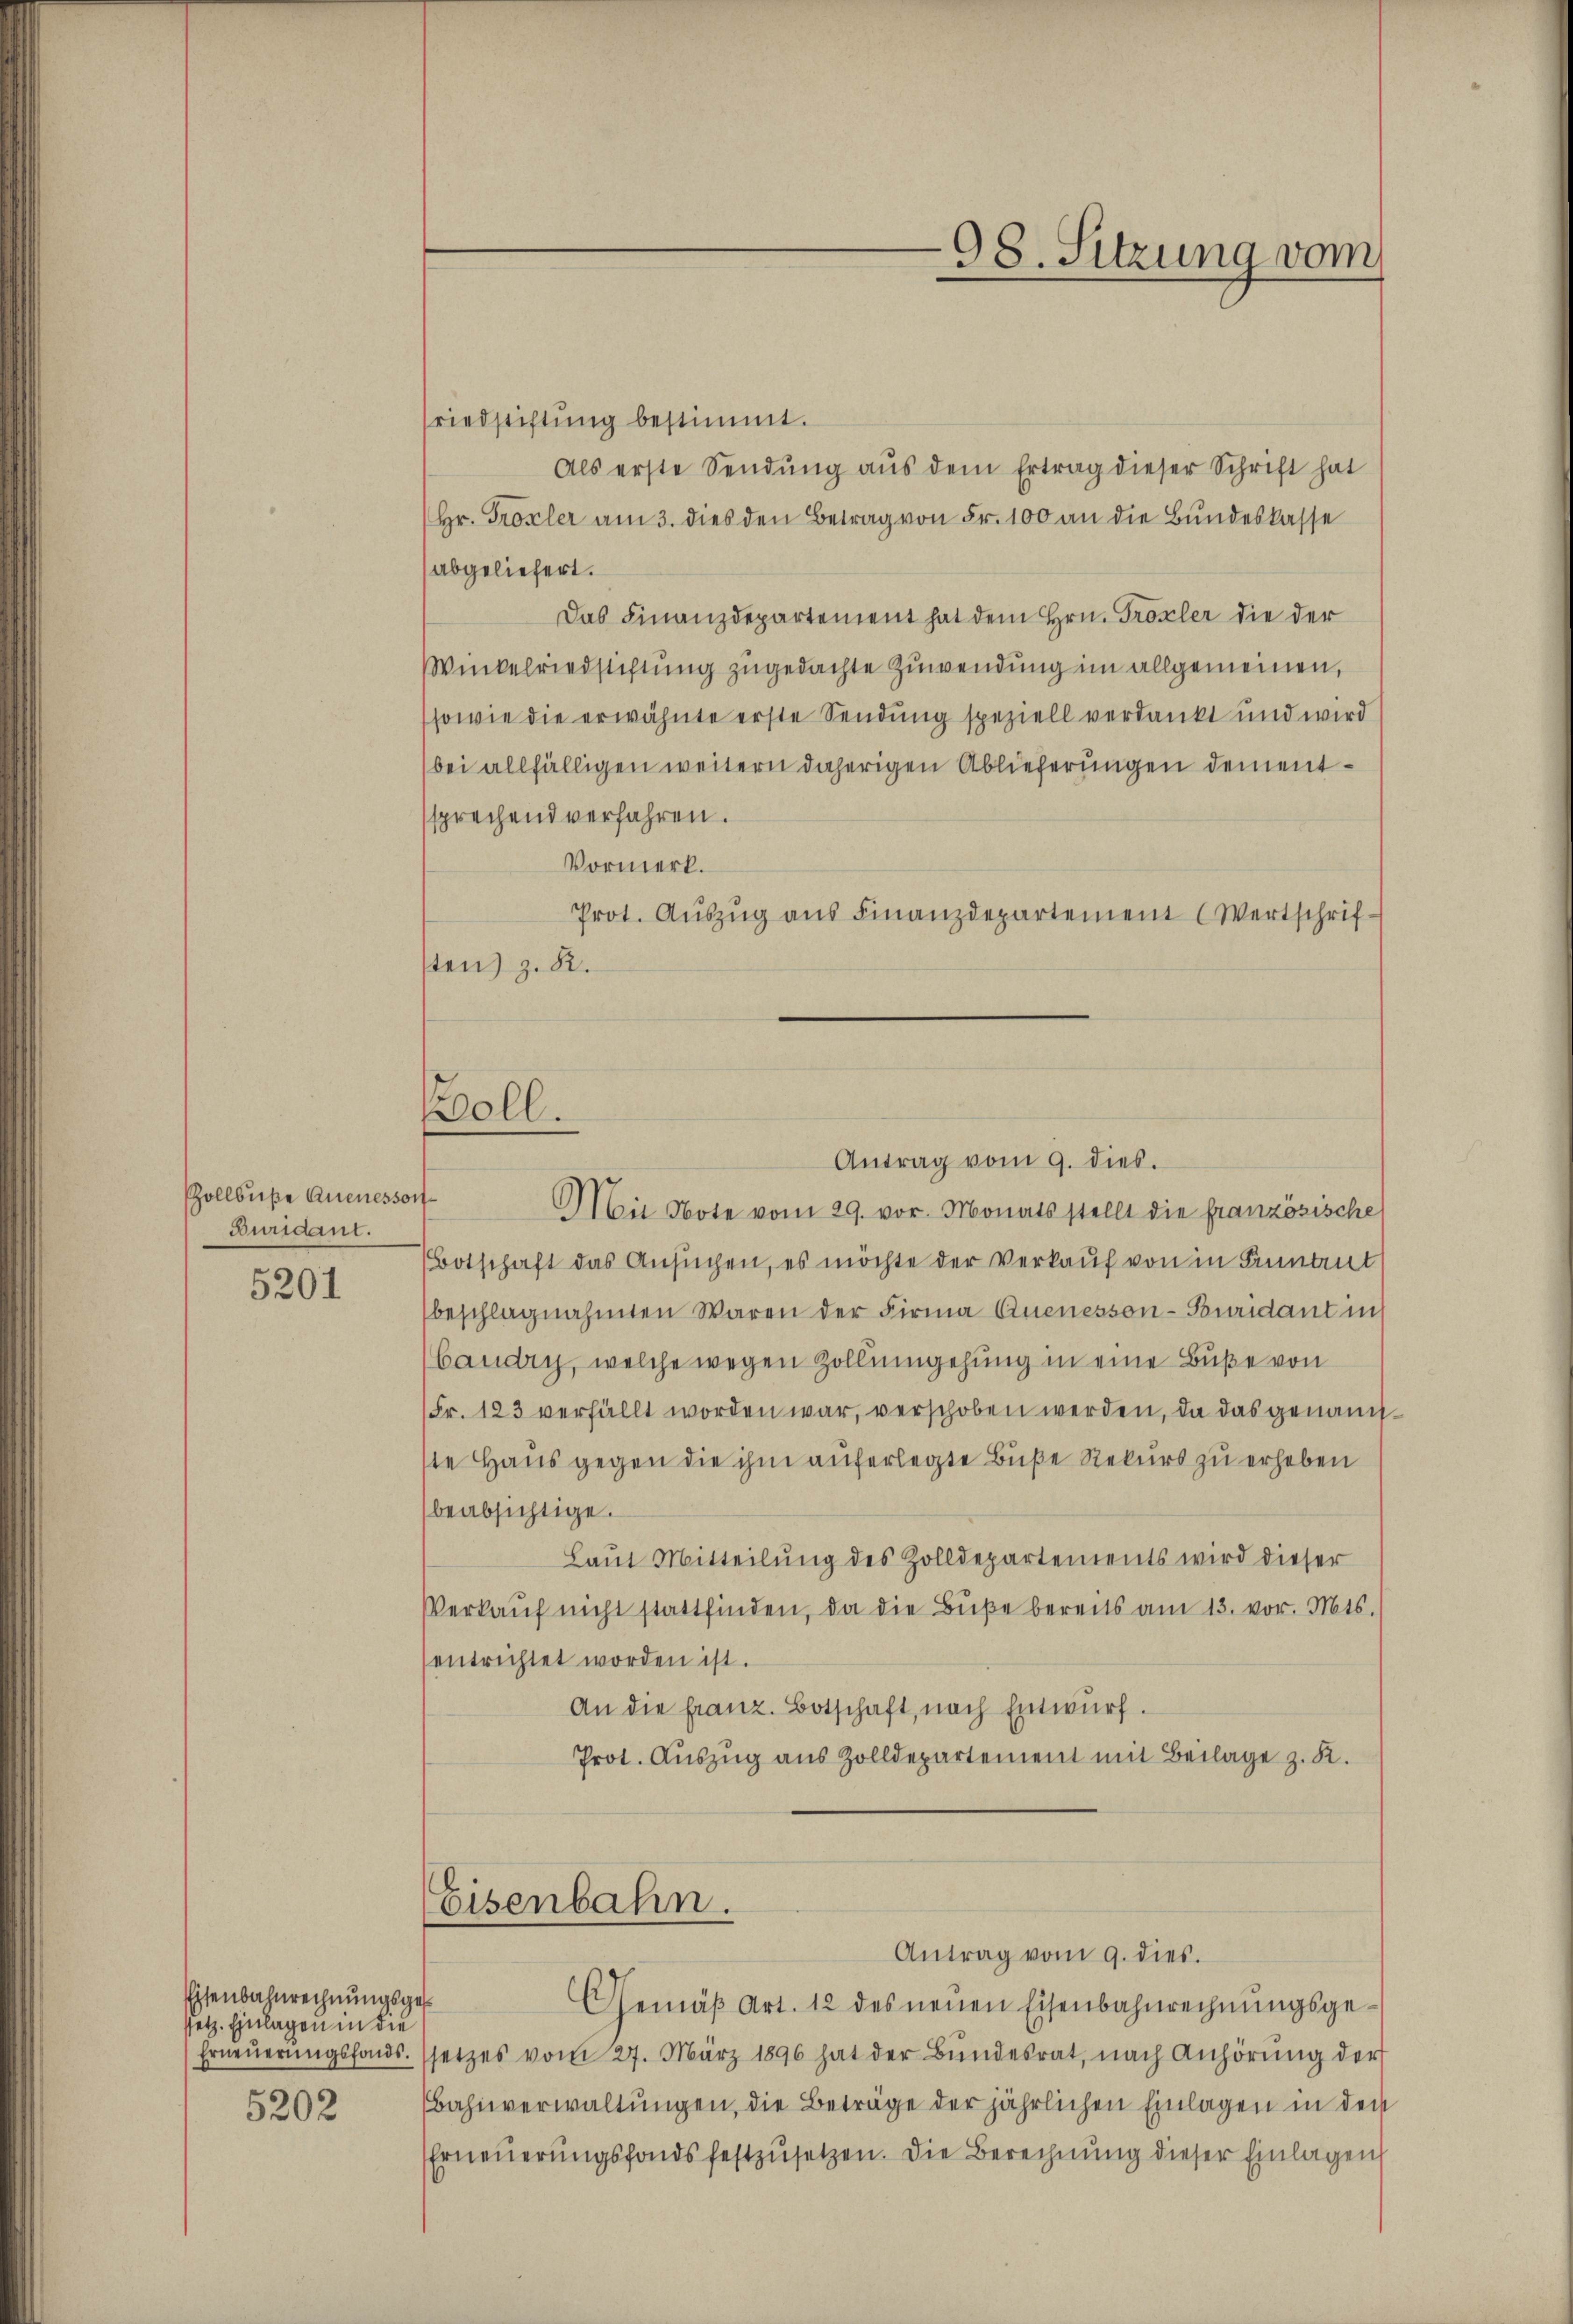
Zollbuße Quenessor
Euridant.

5201

Eisenbahnrechnungsges
setz. Einlagen in die
5202

Boll.

friedstiftung bestimmt.
Als erste Sendung aŭs dem Ertrag dieser Schrift hat
Hr. Trosler am 3. dies den Betrag von Fr. 100 an die Bundeskasse
(abgeliefert.
Das Finanzdepartement hat dem Hrn. Troxler die der
Winkelriedsichtung zugedachte Zuwendung im allgemeinen,
sowie die erwähnte erste Sendung speziell verdankt und wird
bei allfälligen weitern daherigen Ablieferungen dementssprechend verfahren.
Vormerk.
Prot. Aŭszŭg aŭs Finanzdepartement (Wertschrifsten) z. R.
e

98. Sitzung vom

Antrag vom 9. dies.
Mit Note vom 29. vor. Monats stellt die französische
Botschaft das Ansuchen, es möchte der Verkauf von in Finant
beschlagnahmten Waren der Firma Qnenessen-Buridant in
(baudry, welche wegen Zollumgehung in eine Buße von
(Fr. 123 verfällt worden war, verschoben werden, da das genannste Haus gegen die ihm auferlegte Buße Rekurs zu erheben
beabsichtige.
Laut Mitteilung des Zolldepartements wird dieser
Verkaŭf nicht stattfinden, da die Bŭβe bereits am 13. vor. Mts.
entrichtet worden ist.
An die franz. Botschaft, nach Entwurf.
Prot. Auszug aus Zolldepartement mit Beilage z. R.

Eisenbahn.
Antrag vom 9. dies

Gemäβ Art. 12 des neuen Eisenbahnrechnungsge¬
Erneŭerŭngsfonds. setzes vom 27. März 1896 hat der Bŭndesrat, nach Anhörŭng der
Bahnverwaltungen, die Beträge der jährlichen Einlagen in den
Erneuerungsfonds festzusetzen. Die Berechnung dieser Einlagen